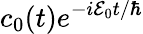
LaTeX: c_{0}(t)e^{-i\mathcal{E}_{0}t/\hbar}